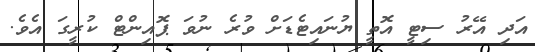
އަދި އޭރު ސިޓީ އޮތީ ޔުނައިޓެޑަށް ވުރެ ނުވަ ޕޮއިންޓް ކުރީގަ އެވެ.